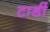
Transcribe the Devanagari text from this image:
टार्डी